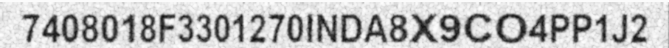
7408018F3301270INDA8X9CO4PP1J2